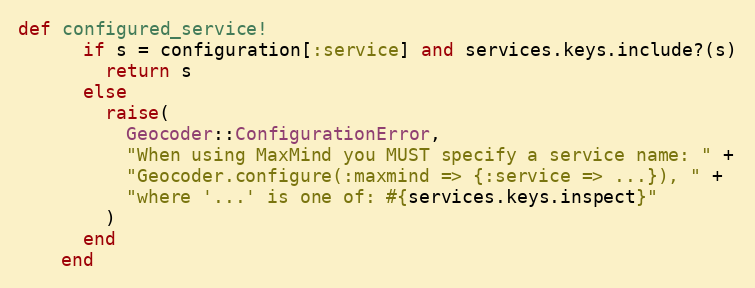
Language: Ruby
def configured_service!
      if s = configuration[:service] and services.keys.include?(s)
        return s
      else
        raise(
          Geocoder::ConfigurationError,
          "When using MaxMind you MUST specify a service name: " +
          "Geocoder.configure(:maxmind => {:service => ...}), " +
          "where '...' is one of: #{services.keys.inspect}"
        )
      end
    end